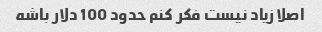
اصلا زیاد نیست فکر کنم حدود 100 دلار باشه